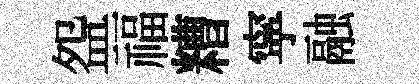
盌福糟寜融